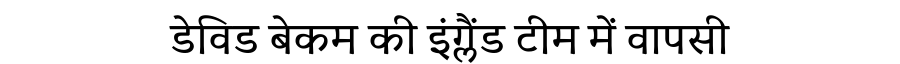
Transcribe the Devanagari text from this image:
डेविड बेकम की इंग्लैंड टीम में वापसी